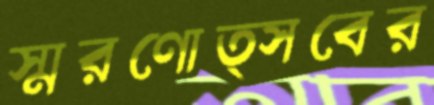
স্মরণোত্সবের